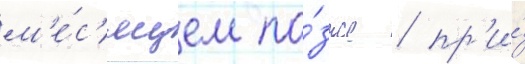
м'е́с'яцем по́зже / пр'и́